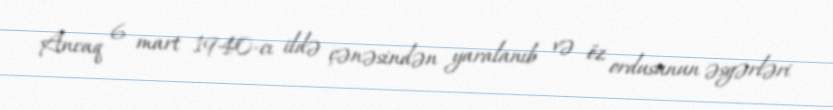
Ancaq 6 mart 1940-cı ildə çənəsindən yaralanıb və öz ordusunun əsgərləri